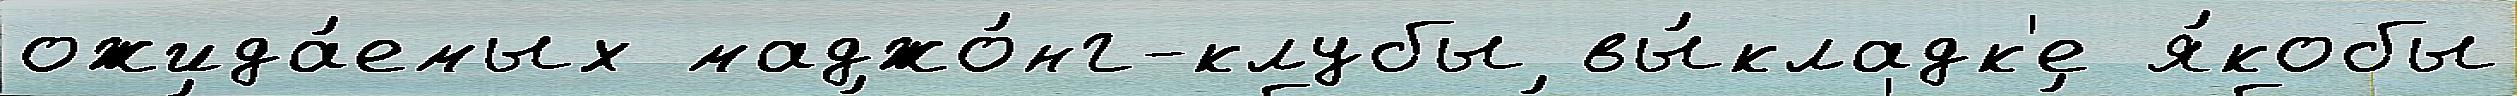
ожида́емых маджо́нг-клубы вы́кладк'е я́кобы